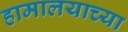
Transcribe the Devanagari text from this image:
हामालयाच्या